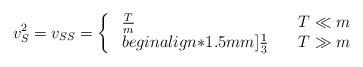
LaTeX: \begin{align*}v_S^2=v_{SS}=\left\{\ \begin{array}{ll} \frac Tm&\quad T\ll m\\begin{align*}1.5mm] \frac 13 &\quad T\gg m \end{array}\right.\end{align*}